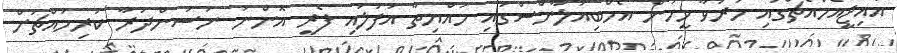
އައިޖީއެމްއެޗްގައި މަރުވާ މީހުން އެމްބިއުލާންސްގައި މައްޔިތާ އުފުލައި ފެރީ އޮންނަ ނަސަންދުރާ ކުރިމައްޗަށް